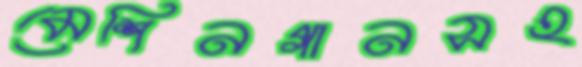
মেশিনগানসহ